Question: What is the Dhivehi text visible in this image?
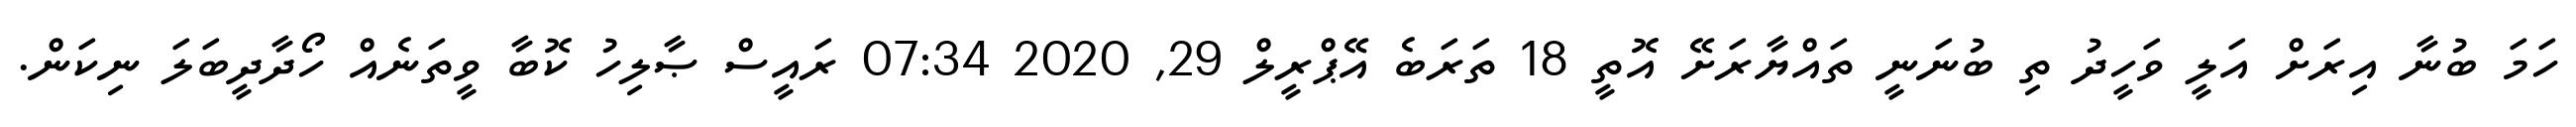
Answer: ހަމަ ބުނާ އިރަށް އަލީ ވަހީދު ތި ބުނަނީ ތައްޔާރަށޭ އޮތީ 18 ތަރަބެ އޭޕްރީލް 29, 2020 07:34 ރައީސް ޞާލިހު ކޮބާ ވީތަނެއް ހޯދާދީބަލަ ނިކަން.